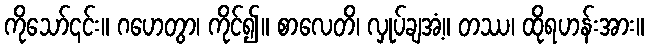
ကိုသော်၎င်း။ ဂဟေတွာ၊ ကိုင်၍။ စာလေတိ၊ လှုပ်ချအံ့။ တဿ၊ ထိုရဟန်းအား။